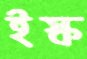
ইস্ক